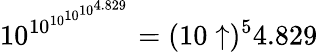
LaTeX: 10^{10^{10^{10^{10^{4.829}}}}}=(10\uparrow)^{5}4.829